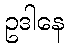
ဥဒါနေ